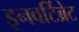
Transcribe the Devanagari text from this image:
इनवर्टिब्रेट